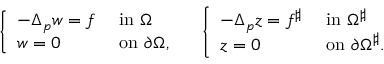
\left\{ \begin{array} { l l } { - \Delta _ { p } w = f } & { \mathrm { ~ i n ~ } \Omega } \\ { w = 0 } & { \mathrm { ~ o n ~ } \partial \Omega , } \end{array} \right. \quad \left\{ \begin{array} { l l } { - \Delta _ { p } z = f ^ { \sharp } } & { \mathrm { ~ i n ~ } \Omega ^ { \sharp } } \\ { z = 0 } & { \mathrm { ~ o n ~ } \partial \Omega ^ { \sharp } . } \end{array} \right.